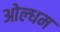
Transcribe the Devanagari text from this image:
ओल्धम